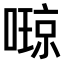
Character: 𫫩